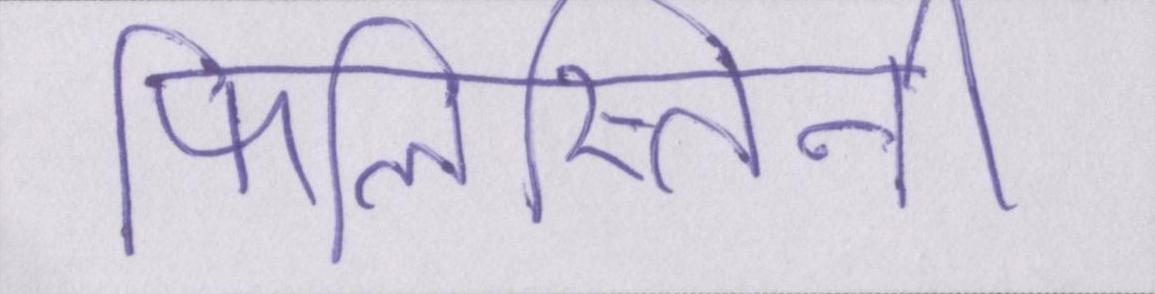
फिलिस्तिनी